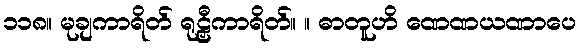
၁၁၈။ မုချကာရိတ် ရုဠှီကာရိတ်။ ။ ဓာတူဟိ ဏေဏယဏာပေ